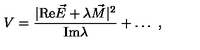
V = { \frac { | \mathrm { R e } \vec { E } + \lambda \vec { M } | ^ { 2 } } { \mathrm { I m } \lambda } } + \dots \ ,